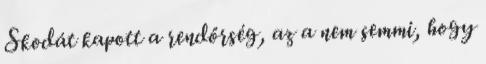
Skodát kapott a rendőrség, az a nem semmi, hogy